Annual report of the Imperial Bacteriologist
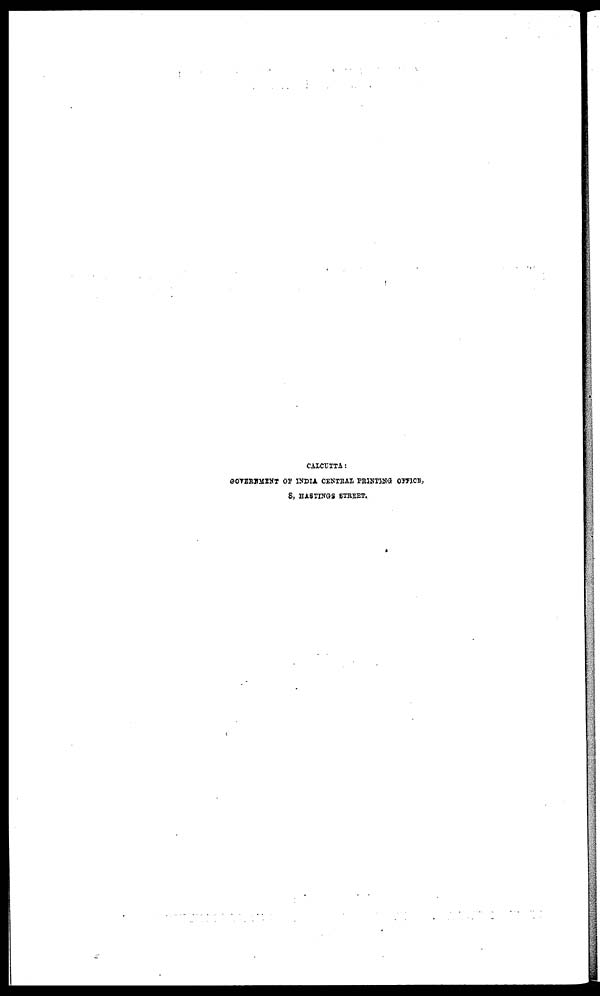
CALCUTTA:
GOVERNMENT OF INDIA CENTRAL PRINTING OFFICE,
8, HASTINGS STREET.